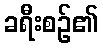
ခရီးစဉ်၏